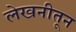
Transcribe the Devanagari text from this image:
लेखनीतून